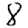
Digit: 8